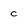
Character: c